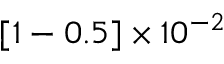
[ 1 - 0 . 5 ] \times 1 0 ^ { - 2 }